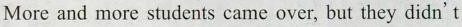
More and more students came over, but they didn't